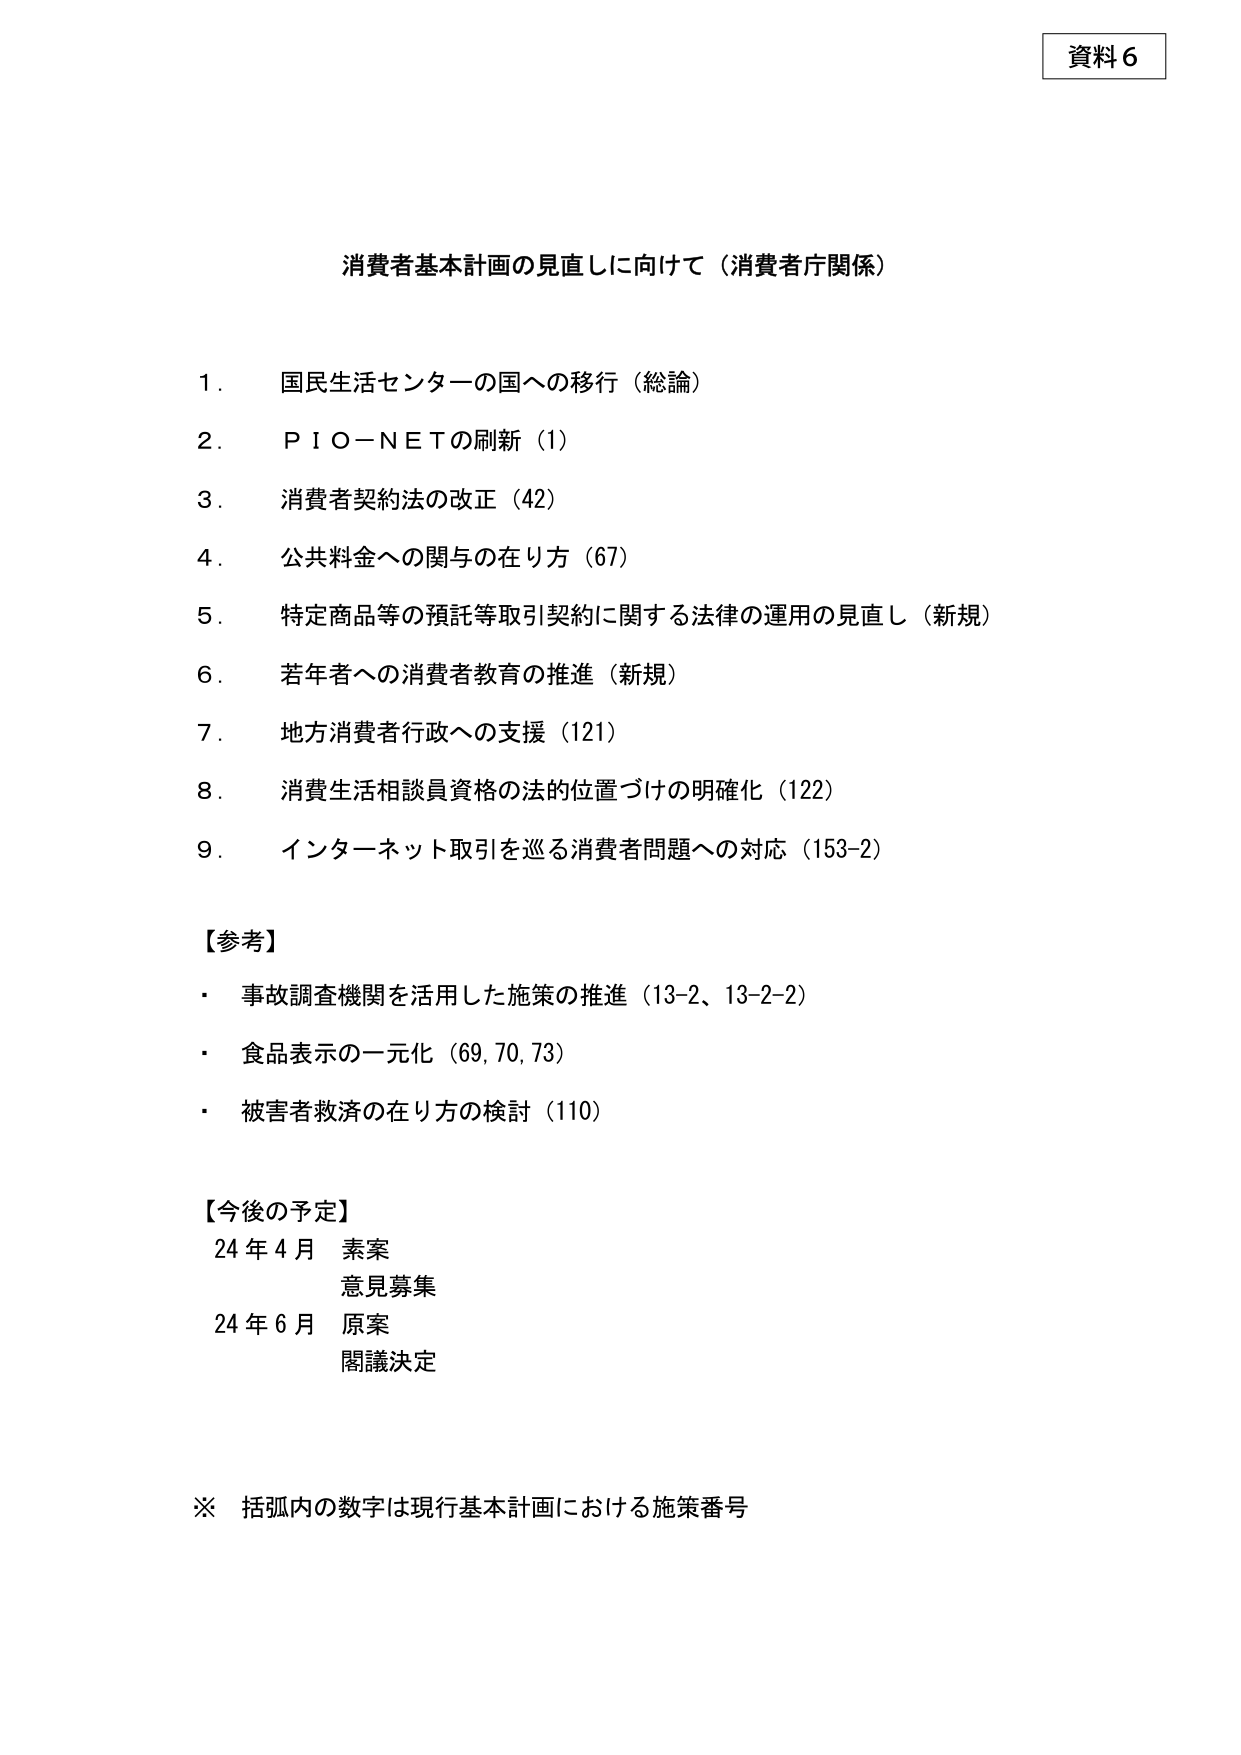
資料６

消費者基本計画の見直しに向けて（消費者庁関係）

1. 国民生活センターの国への移行（総論）
2. ＰＩＯ－ＮＥＴの刷新（1）
3. 消費者契約法の改正（42）
4. 公共料金への関与の在り方（67）
5. 特定商品等の預託等取引契約に関する法律の運用の見直し（新規）
6. 若年者への消費者教育の推進（新規）
7. 地方消費者行政への支援（121）
8. 消費生活相談員資格の法的位置づけの明確化（122）
9. インターネット取引を巡る消費者問題への対応（153-2）

【参考】
・ 事故調査機関を活用した施策の推進（13-2、13-2-2）
・ 食品表示の一元化（69, 70, 73）
・ 被害者救済の在り方の検討（110）

【今後の予定】
24年4月 素案
　　　　　意見募集
24年6月 原案
　　　　　閣議決定

※ 括弧内の数字は現行基本計画における施策番号